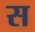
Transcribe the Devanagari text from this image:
स